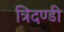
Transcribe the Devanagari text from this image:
त्रिदण्डी